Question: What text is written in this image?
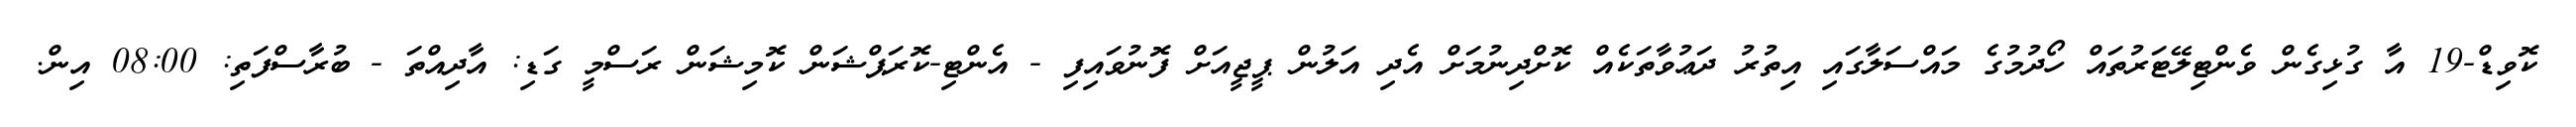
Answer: ކޮވިޑް-19 އާ ގުޅިގެން ވެންޓިލޭޓަރުތައް ހޯދުމުގެ މައްސަލާގައި އިތުރު ދަޢުވާތަކެއް ކޮށްދިނުމަށް އެދި އަލުން ޕީޖީއަށް ފޮނުވައިފި - އެންޓި-ކޮރަޕްޝަން ކޮމިޝަން ރަސްމީ ގަޑި: އާދިއްތަ - ބުރާސްފަތި: 08:00 އިން.